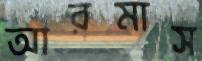
আরমাস